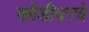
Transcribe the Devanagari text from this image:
कोंडीवरचे